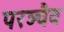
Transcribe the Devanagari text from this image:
परञ्चैव